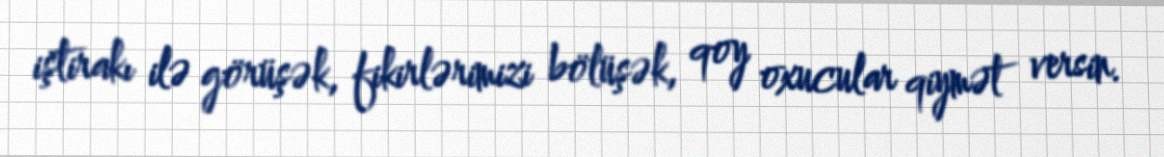
iştirakı ilə görüşək, fikirlərimizi bölüşək, qoy oxucular qiymət versin.